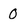
Character: 0